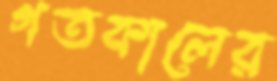
গতকালের